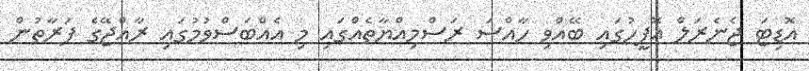
އޮޑިޓަ ޖެނެރަލް އޮފީހުގައި ބޭއްވި ހާއްސަ ރަސްމިއްޔާތެއްގައި މި އެއްބަސްވުމުގައި ރާއްޖޭގެ ފަރާތުން